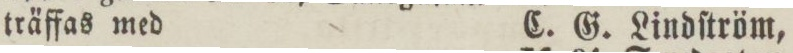
träffas med    C. G. Lindſtröm,